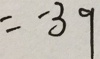
= - 3 9